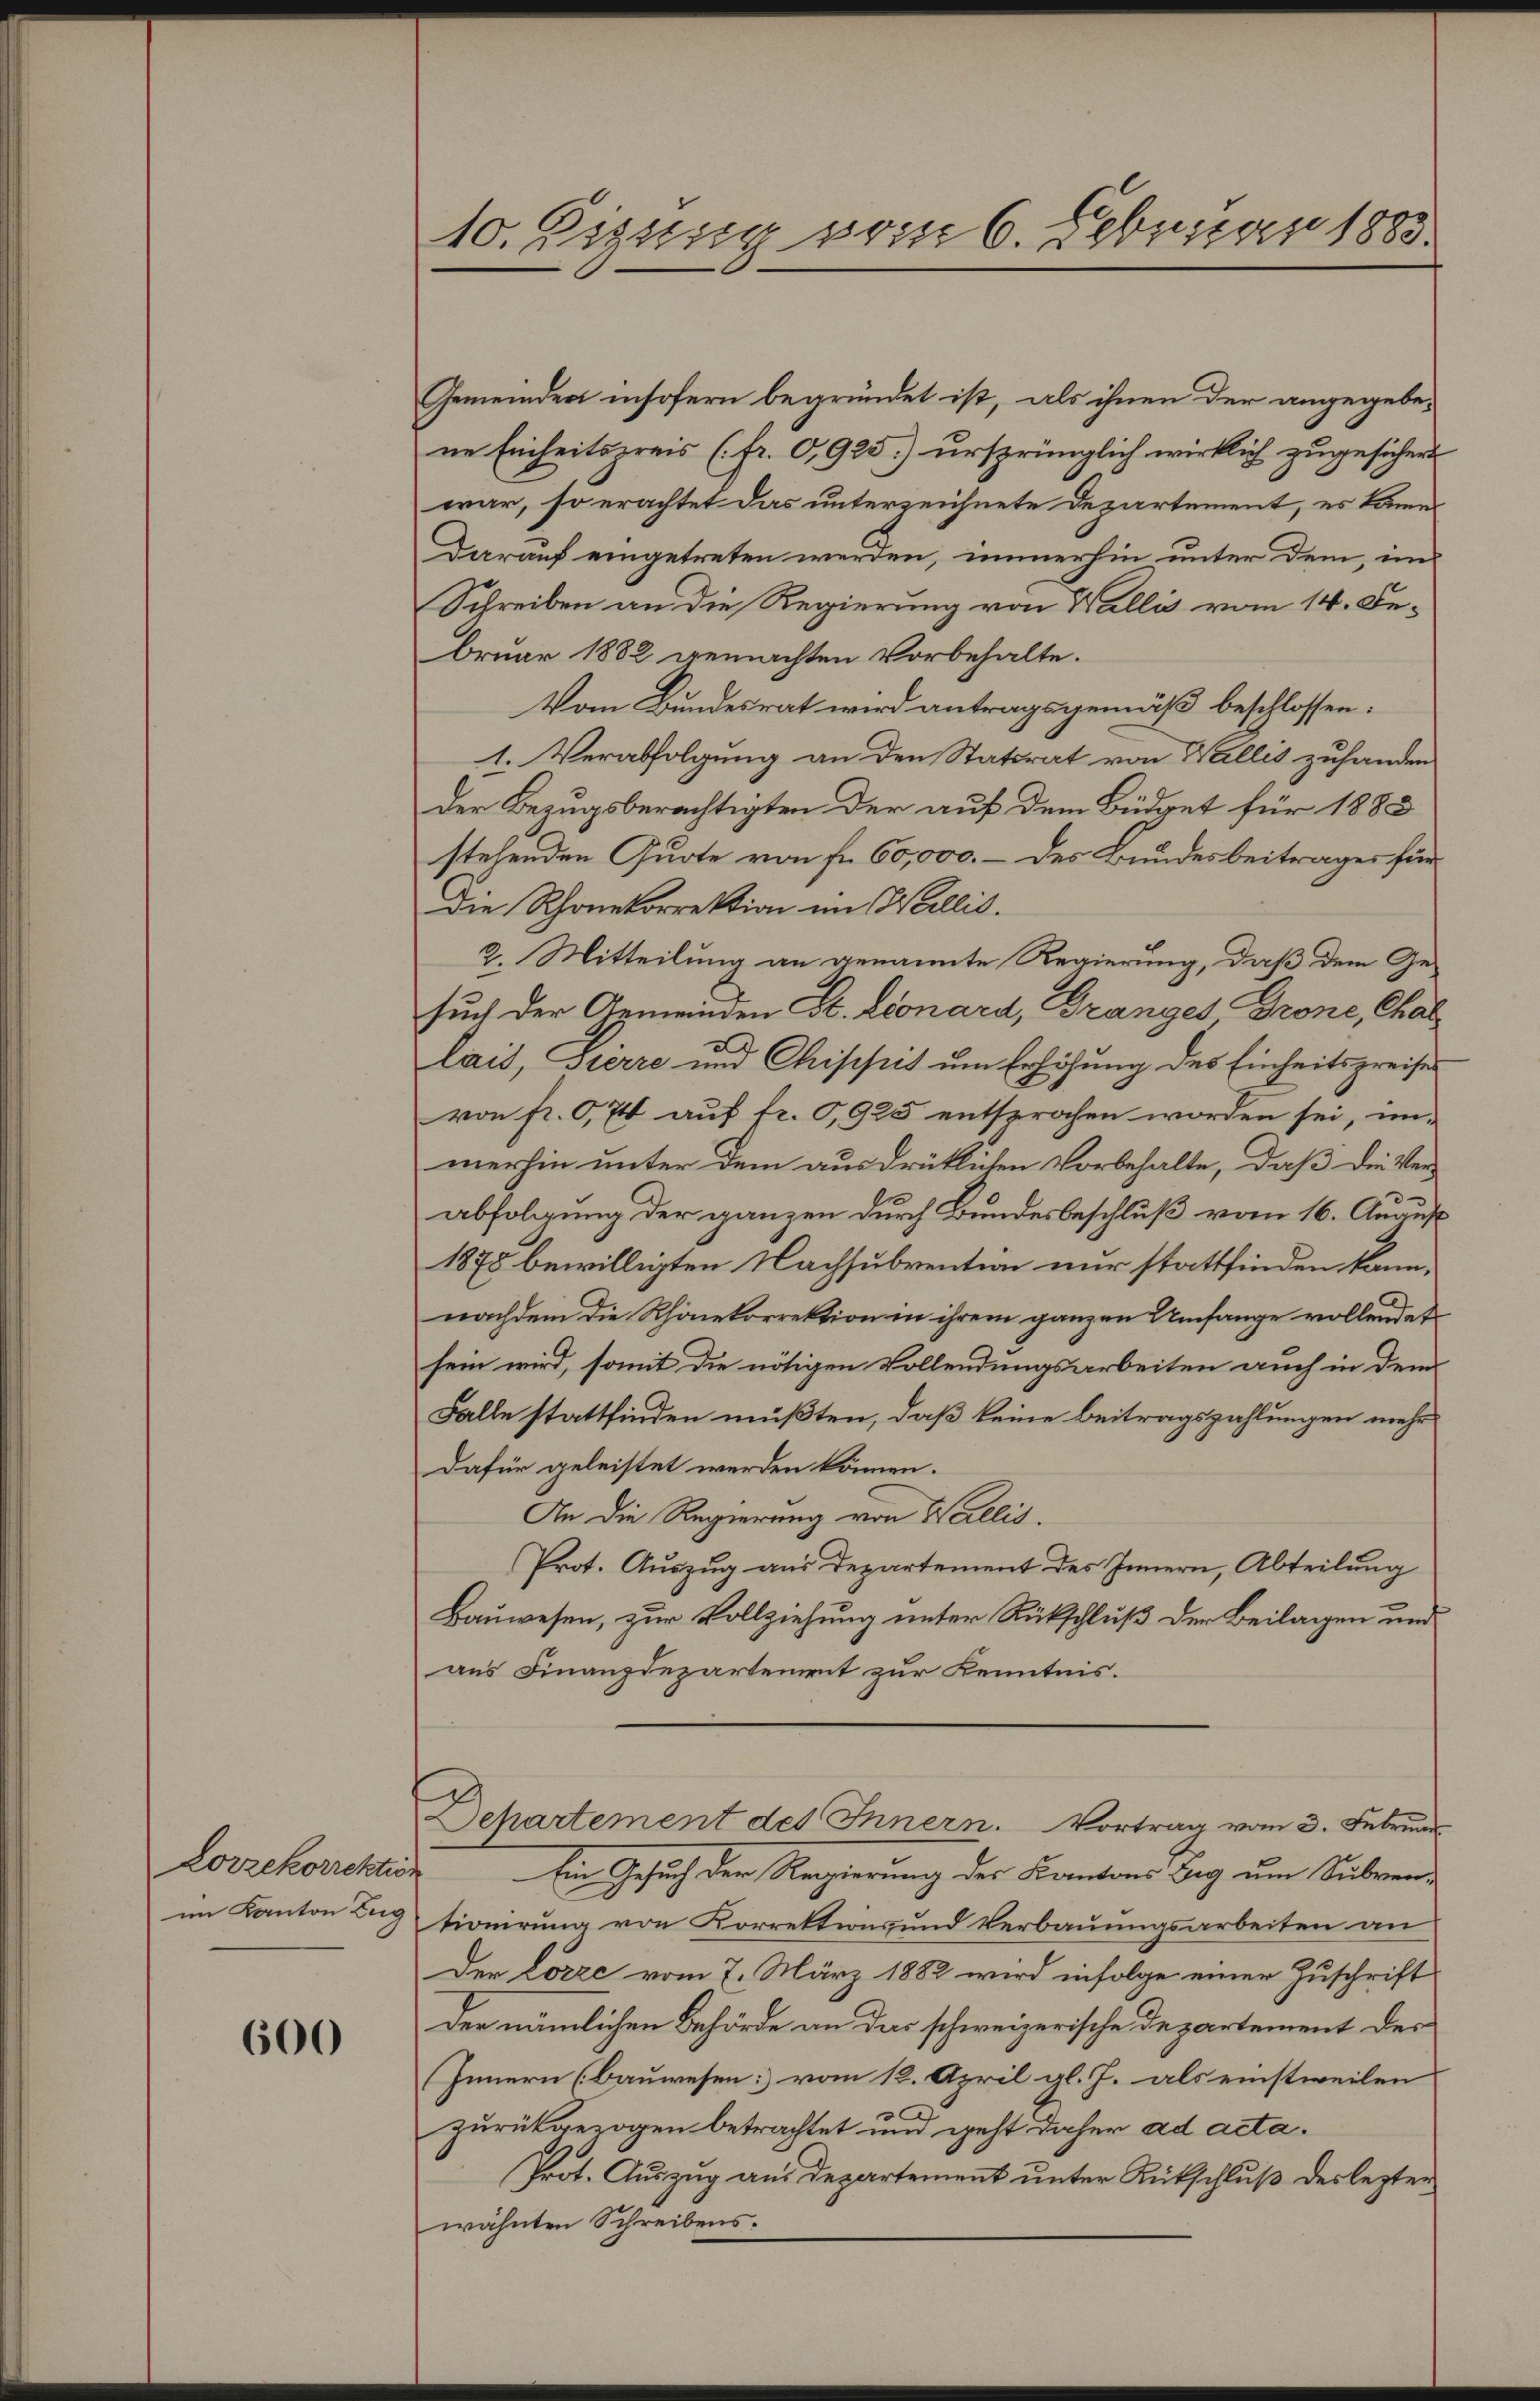
Lorzekorrekti
im Kanton Zug

600

10. Zizung vom 6. Februar 1883

Gemeinden insofern begründet ist, als ihnen der angegebene Einheitspreis (fr. 0,925) ursprünglich wirklich zugesichent
war, so erachtet das unterzeichnete Departement, es kame
darauf eingetreten werden, immerhin unter dem, im
Schreiben an die Regierung von Wallis vom 14. Debruar 1882 gemachten Vorbehalte.
Vom Bundesrat wird antragsgemäß beschlossen:
1. Verabfolgung an den Stattrat von Wallis zuhanden
Der Bezugsberächtigten der auf dem Büdget für 188
stehenden Quote von fr. 60,000.- des Bundesbeitrages für
Die Schonekorrektion im Wallis.
2. Mitteilung an genannte Regierung, daß dem Ge-
such der Gemeinden St. Leonard, Dranges Grone, Chal
lais, Pierre und Chischet um Erhöhung des Einheitspreises
von fr. 674 auf fr. 0,925 entsprochen worden sei, un-
merhin unter dem ausdrüklichen Vorbehalte, daß die Ver-
abfolgung der ganzen durch Bundesbeschluß vom 16. August
1878 bewilligten Nachsubvention nur stattfinden kann.
nachdem die Rhonekorrektion in ihrem ganzen Umfange vollendet
sein wird, somit die nötigen Vollendungsarbeiten auch in dem
Falle stattfinden müßten, daß keine Beitragszahlungen mehr
Dafür geleistet werden können.
An die Regierung von Wallis.
Prot. Auszug aus Departement des Innern, Abteilung
Bauwesen, zur Vollziehung unter Rückschluß der Beilagen und
aus Finanzdezartement zur Kenntnis.
Dchartement des Innern. Vortrag vom 3. Februar
Ein Gesuch der Regierung der Kantons Beg um Subventionirung von Korrektions und Verbauungsarbeiten an
Der Lorze vom 7. März 1882 wird infolge einer Zuschrift
Der nämlichen Behörde an das schweizerische Departement der
Innern (Bauwesen] vom 12. April gl. J. als einstweilen
zurückgezogen betrachtet und geht daher ad acta.
Prot. Auszug aus Departement unter Rückschluß des lezter
wähnten Schreibens.